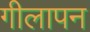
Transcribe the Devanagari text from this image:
गीलापन